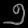
Digit: ၅